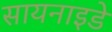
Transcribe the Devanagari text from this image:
सायनाइडे